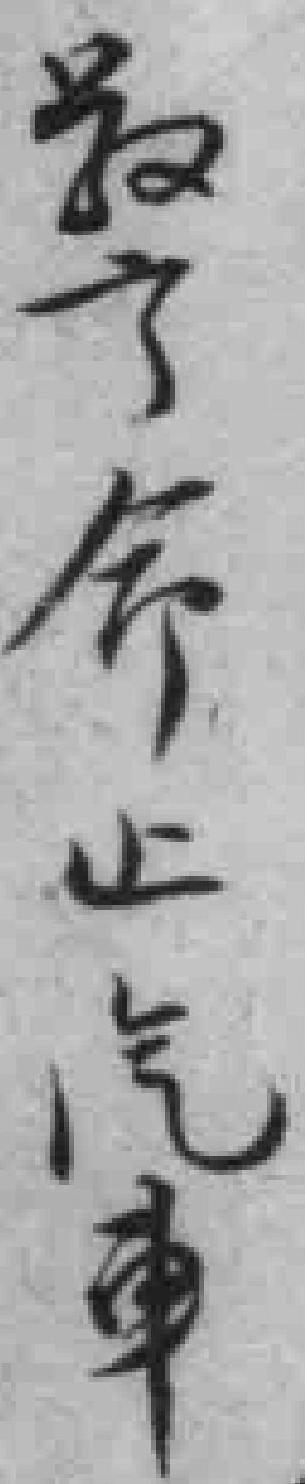
警命止汽車